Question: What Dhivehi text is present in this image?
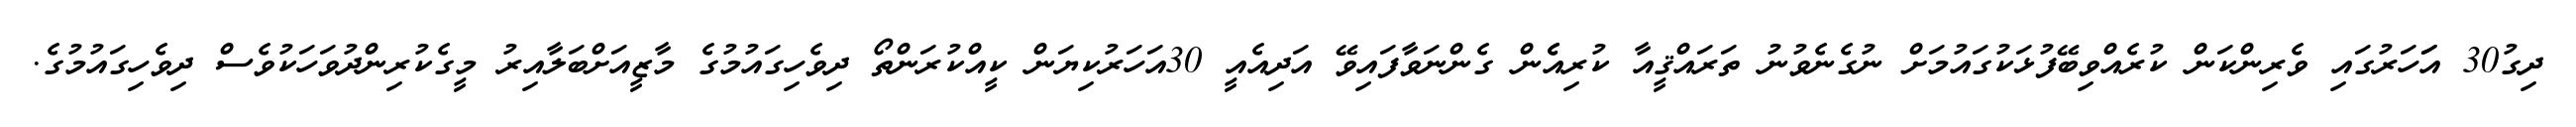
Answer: ދިގު30 އަަހަރުގައި ވެރިންކަން ކުރެއްވިބޭފުޅަކުގައުމަށް ނުގެނެވުނު ތަރައްޤީއާ ކުރިއެެން ގެންނަވާފައިވޭ އަދިއެއީ 30އަހަރުކިޔަން ކީއްކުރަންތޯ ދިވެހިގައުމުގެ މާޒީއަށްބަލާއިރު މީގެކުރިންދުވަހަކުވެސް ދިވެހިގައުމުގެ.